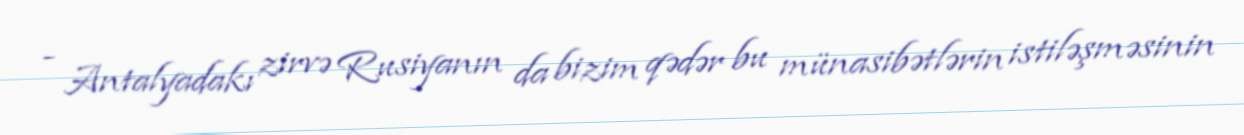
- Antalyadakı zirvə Rusiyanın da bizim qədər bu münasibətlərin istiləşməsinin